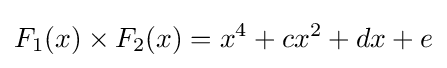
F_{1}(x)\times F_{2}(x)=x^{4}+cx^{2}+dx+e